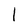
Character: 1